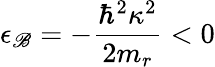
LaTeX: \epsilon_{\mathscr{B}}=-\frac{{\hbar^{2}\kappa^{2}}}{{2m_{r}}}<0